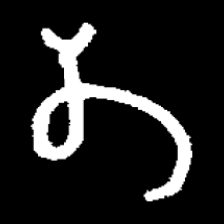
Pyu character \u2014 Myanmar letter: တ (romanized: ta)